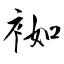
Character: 袽